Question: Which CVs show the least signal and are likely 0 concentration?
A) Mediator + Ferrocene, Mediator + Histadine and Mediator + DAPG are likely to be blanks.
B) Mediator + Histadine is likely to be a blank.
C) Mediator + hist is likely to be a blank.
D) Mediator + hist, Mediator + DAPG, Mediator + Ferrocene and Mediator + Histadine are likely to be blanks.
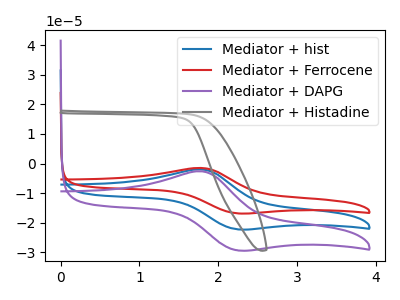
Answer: <think>The blue curve "Mediator + hist" has an anodic peak at (1.80V, -2.00uA) and a cathodic peak at (2.25V, -22.25uA). The red curve "Mediator + Ferrocene" has an anodic peak at (1.80V, -4.00uA) and a cathodic peak at (2.25V, -44.45uA). The purple curve "Mediator + DAPG" has an anodic peak at (1.80V, -2.65uA) and a cathodic peak at (2.25V, -29.35uA). The gray curve "Mediator + Histadine" has no peaks.</think>
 <answer>B) "Mediator + Histadine" is likely to be a blank.</answer>
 <eval>B</eval>